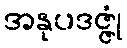
အနုပဒဇ္ဇုံ